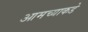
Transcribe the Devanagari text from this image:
आमच्‍याकडे